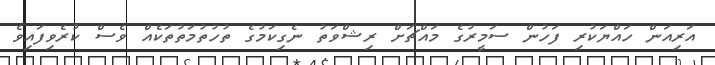
އަރިއަން ހައްޔަކުރި ފަހުން ސަމީރުގެ މައްޗަށް ރިޝްވަތު ނެގިކަމުގެ ތުހުތުމަތުތަކެއް ވެސް ކުރެވިފައިވެ